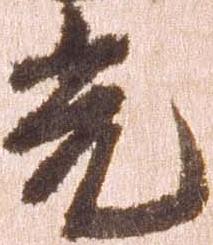
光